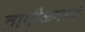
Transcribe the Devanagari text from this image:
तामीळमध्ये